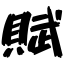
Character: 賦